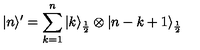
| n \rangle ^ { \prime } = \sum _ { k = 1 } ^ { n } | k \rangle _ { \frac { 1 } { 2 } } \otimes | n - k + 1 \rangle _ { \frac { 1 } { 2 } }